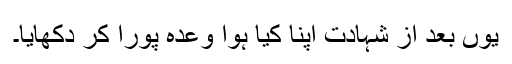
یوں بعد اَز شہادت اپنا کیا ہوا وعدہ پورا کر دکھایا۔